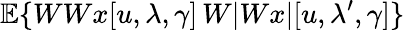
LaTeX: {\mathbb E}\{ WWx[u,\lambda,\gamma]\, W|Wx|[u,\lambda^{\prime},\gamma]\}